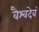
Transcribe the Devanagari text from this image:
वैश्वदेवं